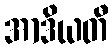
အာဒိယတီ